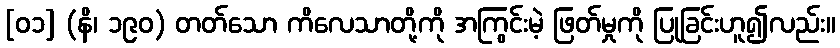
[၀၁] (နိ၊ ၁၉၀) တတ်သော ကိလေသာတို့ကို အကြွင်းမဲ့ ဖြတ်မှုကို ပြုခြင်းဟူ၍လည်း။